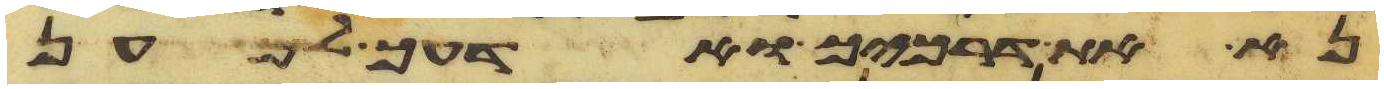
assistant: נא את דרכיך ואדעך למען